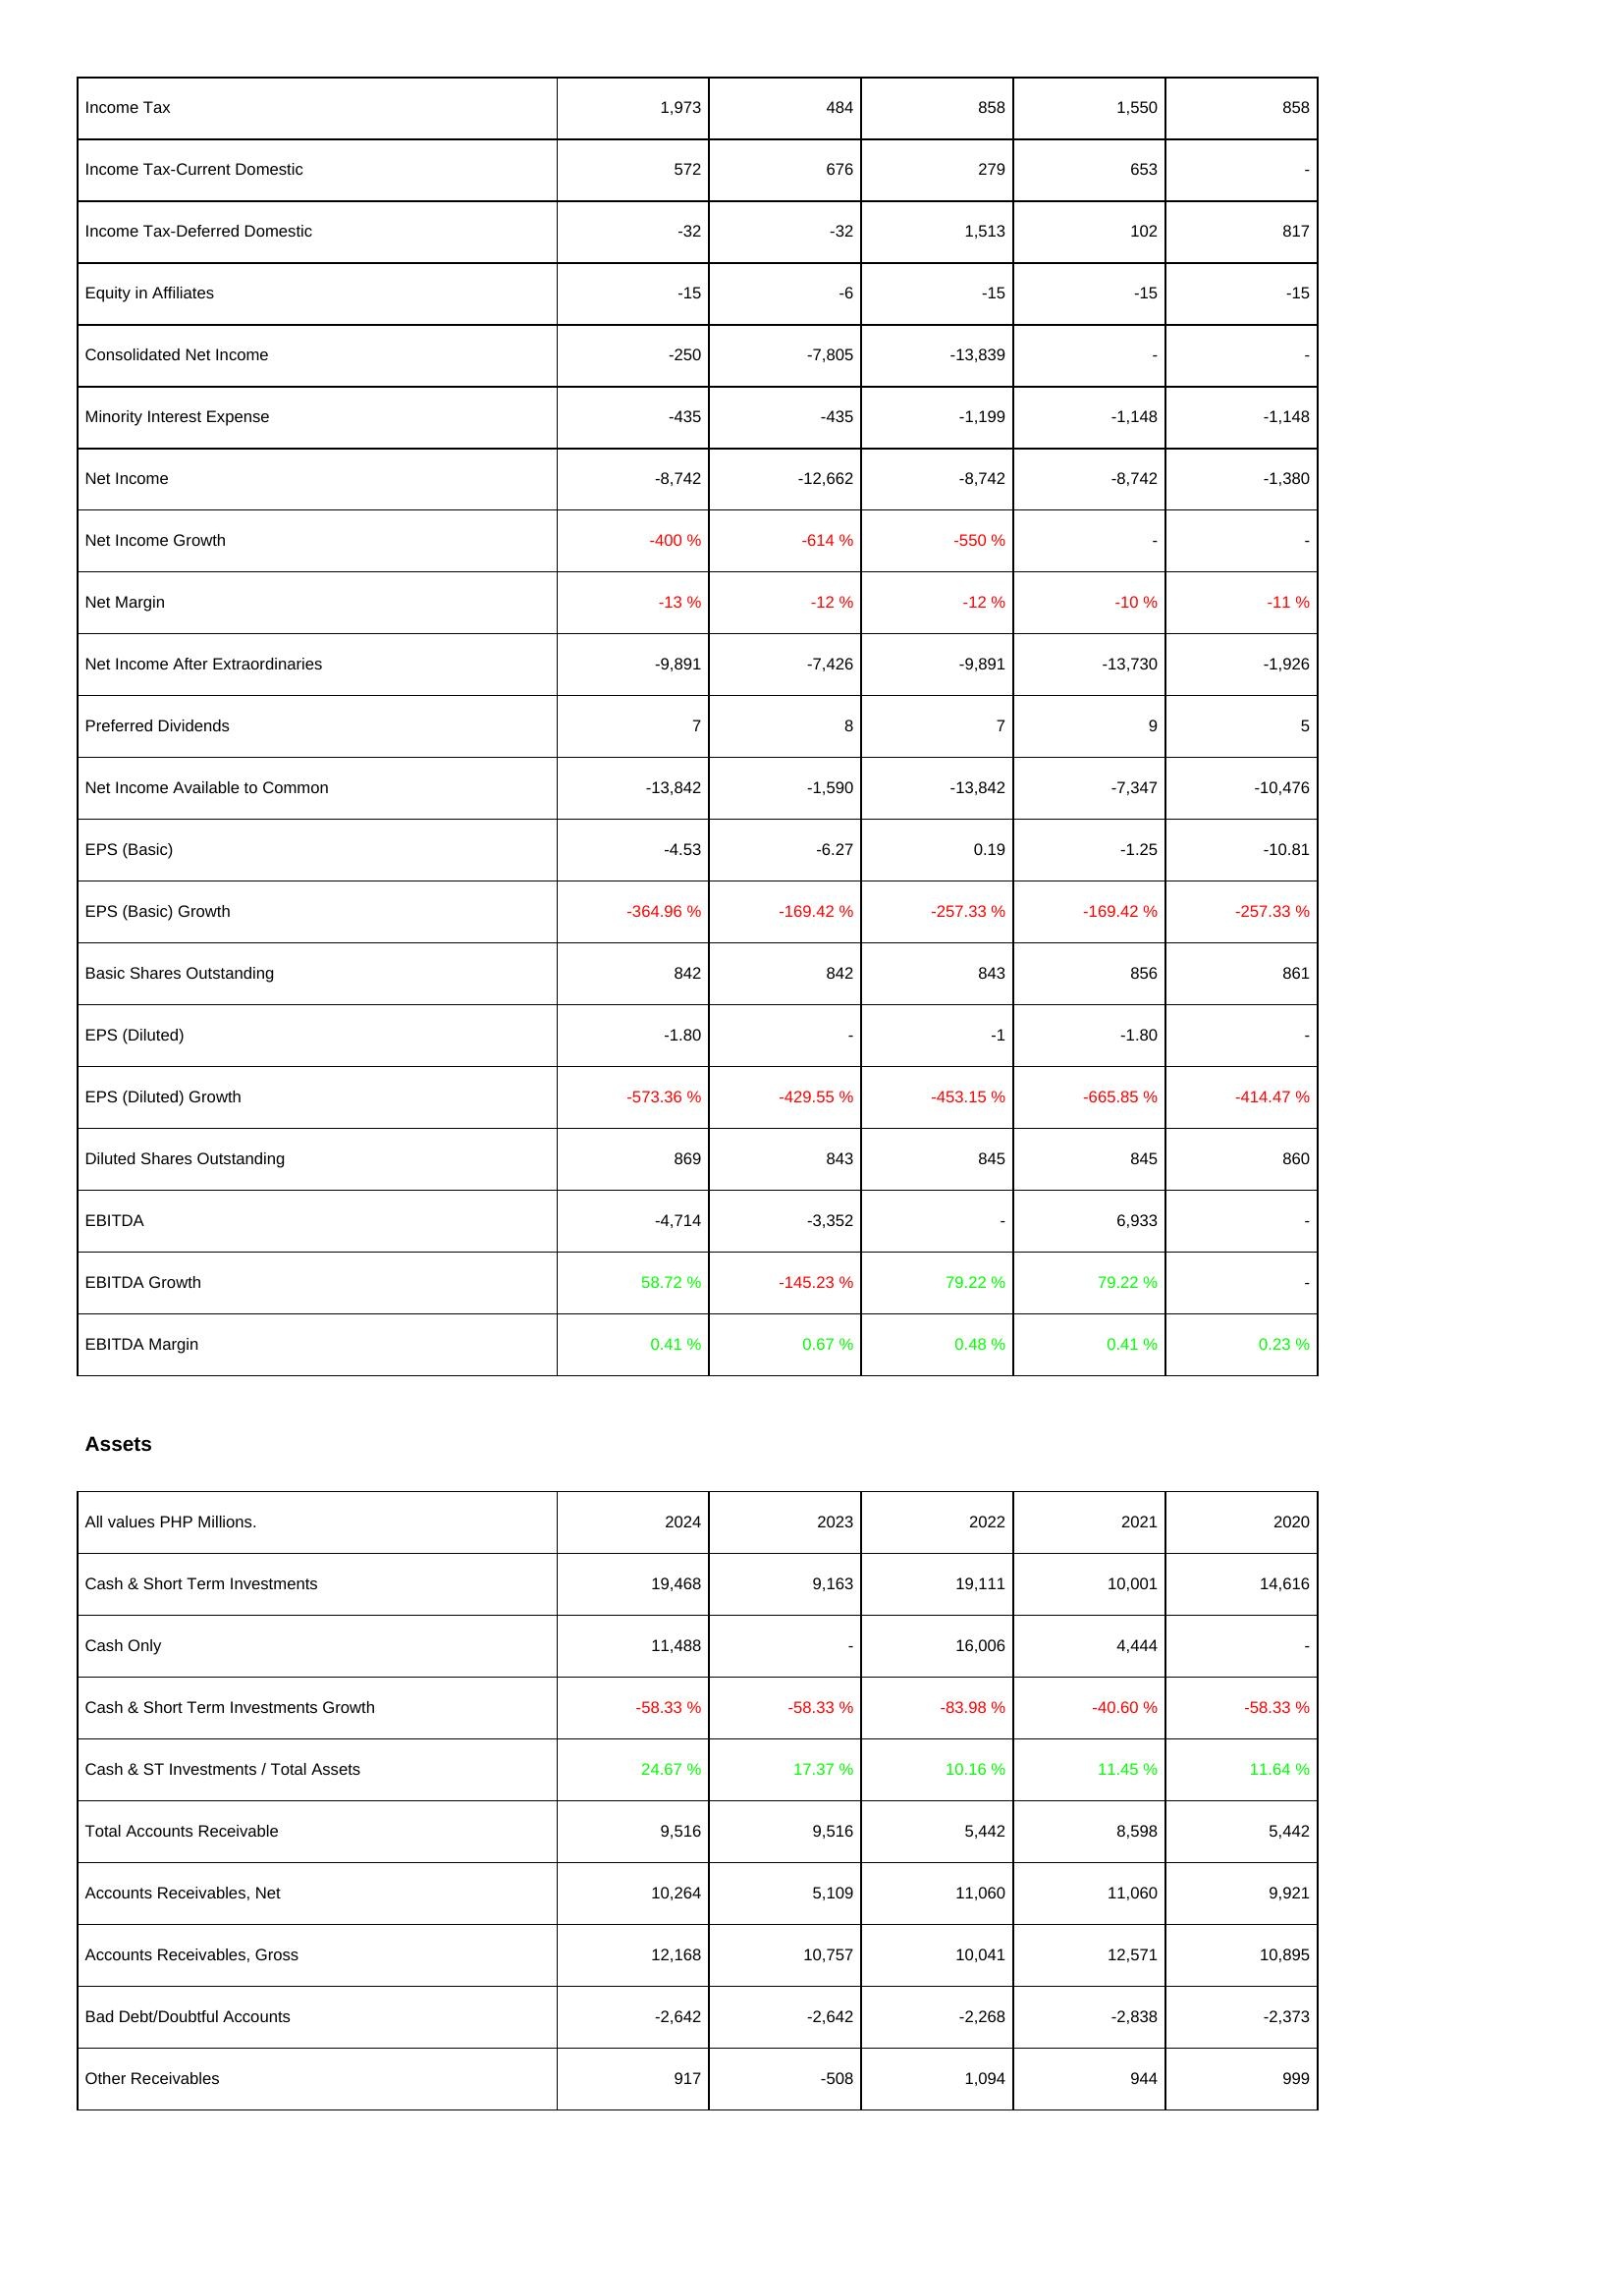
2024: Income Statement: Income Tax: 1,973
Income Tax-Current Domestic: 572
Income Tax-Deferred Domestic: -32
Equity in Affiliates: -15
Consolidated Net Income: -250
Minority Interest Expense: -435
Net Income: -8,742
Net Income Growth: -400 %
Net Margin: -13 %
Net Income After Extraordinaries: -9,891
Preferred Dividends: 7
Net Income Available to Common: -13,842
EPS (Basic): -4.53
EPS (Basic) Growth: -364.96 %
Basic Shares Outstanding: 842
EPS (Diluted): -1.80
EPS (Diluted) Growth: -573.36 %
Diluted Shares Outstanding: 869
EBITDA: -4,714
EBITDA Growth: 58.72 %
EBITDA Margin: 0.41 %
Assets: Cash & Short Term Investments: 19,468
Cash Only: 11,488
Cash & Short Term Investments Growth: -58.33 %
Cash & ST Investments / Total Assets: 24.67 %
Total Accounts Receivable: 9,516
Accounts Receivables, Net: 10,264
Accounts Receivables, Gross: 12,168
Bad Debt/Doubtful Accounts: -2,642
Other Receivables: 917
2023: Income Statement: Income Tax: 484
Income Tax-Current Domestic: 676
Income Tax-Deferred Domestic: -32
Equity in Affiliates: -6
Consolidated Net Income: -7,805
Minority Interest Expense: -435
Net Income: -12,662
Net Income Growth: -614 %
Net Margin: -12 %
Net Income After Extraordinaries: -7,426
Preferred Dividends: 8
Net Income Available to Common: -1,590
EPS (Basic): -6.27
EPS (Basic) Growth: -169.42 %
Basic Shares Outstanding: 842
EPS (Diluted): -
EPS (Diluted) Growth: -429.55 %
Diluted Shares Outstanding: 843
EBITDA: -3,352
EBITDA Growth: -145.23 %
EBITDA Margin: 0.67 %
Assets: Cash & Short Term Investments: 9,163
Cash Only: -
Cash & Short Term Investments Growth: -58.33 %
Cash & ST Investments / Total Assets: 17.37 %
Total Accounts Receivable: 9,516
Accounts Receivables, Net: 5,109
Accounts Receivables, Gross: 10,757
Bad Debt/Doubtful Accounts: -2,642
Other Receivables: -508
2022: Income Statement: Income Tax: 858
Income Tax-Current Domestic: 279
Income Tax-Deferred Domestic: 1,513
Equity in Affiliates: -15
Consolidated Net Income: -13,839
Minority Interest Expense: -1,199
Net Income: -8,742
Net Income Growth: -550 %
Net Margin: -12 %
Net Income After Extraordinaries: -9,891
Preferred Dividends: 7
Net Income Available to Common: -13,842
EPS (Basic): 0.19
EPS (Basic) Growth: -257.33 %
Basic Shares Outstanding: 843
EPS (Diluted): -1
EPS (Diluted) Growth: -453.15 %
Diluted Shares Outstanding: 845
EBITDA: -
EBITDA Growth: 79.22 %
EBITDA Margin: 0.48 %
Assets: Cash & Short Term Investments: 19,111
Cash Only: 16,006
Cash & Short Term Investments Growth: -83.98 %
Cash & ST Investments / Total Assets: 10.16 %
Total Accounts Receivable: 5,442
Accounts Receivables, Net: 11,060
Accounts Receivables, Gross: 10,041
Bad Debt/Doubtful Accounts: -2,268
Other Receivables: 1,094
2021: Income Statement: Income Tax: 1,550
Income Tax-Current Domestic: 653
Income Tax-Deferred Domestic: 102
Equity in Affiliates: -15
Consolidated Net Income: -
Minority Interest Expense: -1,148
Net Income: -8,742
Net Income Growth: -
Net Margin: -10 %
Net Income After Extraordinaries: -13,730
Preferred Dividends: 9
Net Income Available to Common: -7,347
EPS (Basic): -1.25
EPS (Basic) Growth: -169.42 %
Basic Shares Outstanding: 856
EPS (Diluted): -1.80
EPS (Diluted) Growth: -665.85 %
Diluted Shares Outstanding: 845
EBITDA: 6,933
EBITDA Growth: 79.22 %
EBITDA Margin: 0.41 %
Assets: Cash & Short Term Investments: 10,001
Cash Only: 4,444
Cash & Short Term Investments Growth: -40.60 %
Cash & ST Investments / Total Assets: 11.45 %
Total Accounts Receivable: 8,598
Accounts Receivables, Net: 11,060
Accounts Receivables, Gross: 12,571
Bad Debt/Doubtful Accounts: -2,838
Other Receivables: 944
2020: Income Statement: Income Tax: 858
Income Tax-Current Domestic: -
Income Tax-Deferred Domestic: 817
Equity in Affiliates: -15
Consolidated Net Income: -
Minority Interest Expense: -1,148
Net Income: -1,380
Net Income Growth: -
Net Margin: -11 %
Net Income After Extraordinaries: -1,926
Preferred Dividends: 5
Net Income Available to Common: -10,476
EPS (Basic): -10.81
EPS (Basic) Growth: -257.33 %
Basic Shares Outstanding: 861
EPS (Diluted): -
EPS (Diluted) Growth: -414.47 %
Diluted Shares Outstanding: 860
EBITDA: -
EBITDA Growth: -
EBITDA Margin: 0.23 %
Assets: Cash & Short Term Investments: 14,616
Cash Only: -
Cash & Short Term Investments Growth: -58.33 %
Cash & ST Investments / Total Assets: 11.64 %
Total Accounts Receivable: 5,442
Accounts Receivables, Net: 9,921
Accounts Receivables, Gross: 10,895
Bad Debt/Doubtful Accounts: -2,373
Other Receivables: 999